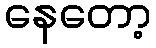
နေတော့